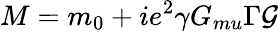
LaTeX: M=m_{0}+ie^{2}\gamma G_{mu}\Gamma\cal G